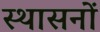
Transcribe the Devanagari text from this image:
स्थासनों